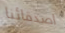
اصدقائنا